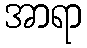
အာရာ